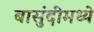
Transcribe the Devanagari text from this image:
बासुंदीमध्ये